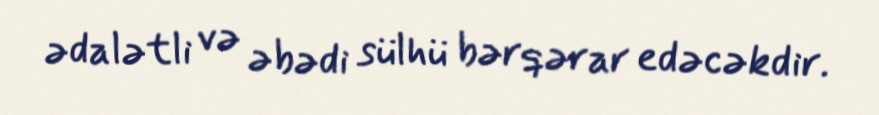
ədalətli və əbədi sülhü bərqərar edəcəkdir.